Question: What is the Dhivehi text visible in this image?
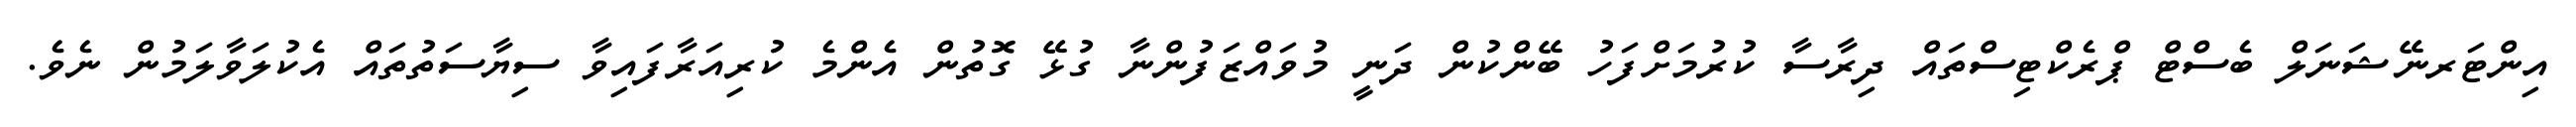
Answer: އިންޓަރނޭޝަނަލް ބެސްޓް ޕްރެކްޓިސްތައް ދިރާސާ ކުރުމަށްފަހު ބޭންކުން ދަނީ މުވައްޒަފުންނާ ގުޅޭ ގޮތުން އެންމެ ކުރިއަރާފައިވާ ސިޔާސަތުތައް އެކުލަވާލަމުން ނެވެ.